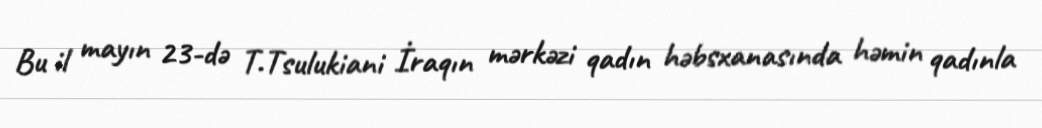
Bu il mayın 23-də T.Tsulukiani İraqın mərkəzi qadın həbsxanasında həmin qadınla